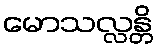
မောသလ္လန္တိ